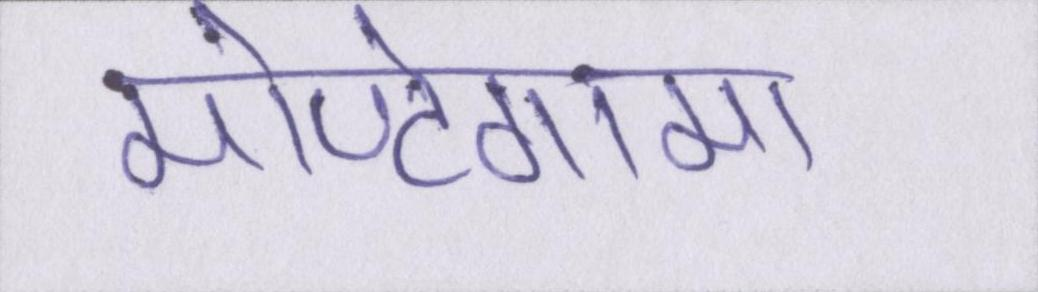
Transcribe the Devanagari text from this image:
मोण्टेगामा